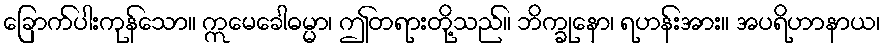
ခြောက်ပါးကုန်သော။ ဣမေခေါဓမ္မာ၊ ဤတရားတို့သည်။ ဘိက္ခုနော၊ ရဟန်းအား။ အပရိဟာနာယ၊